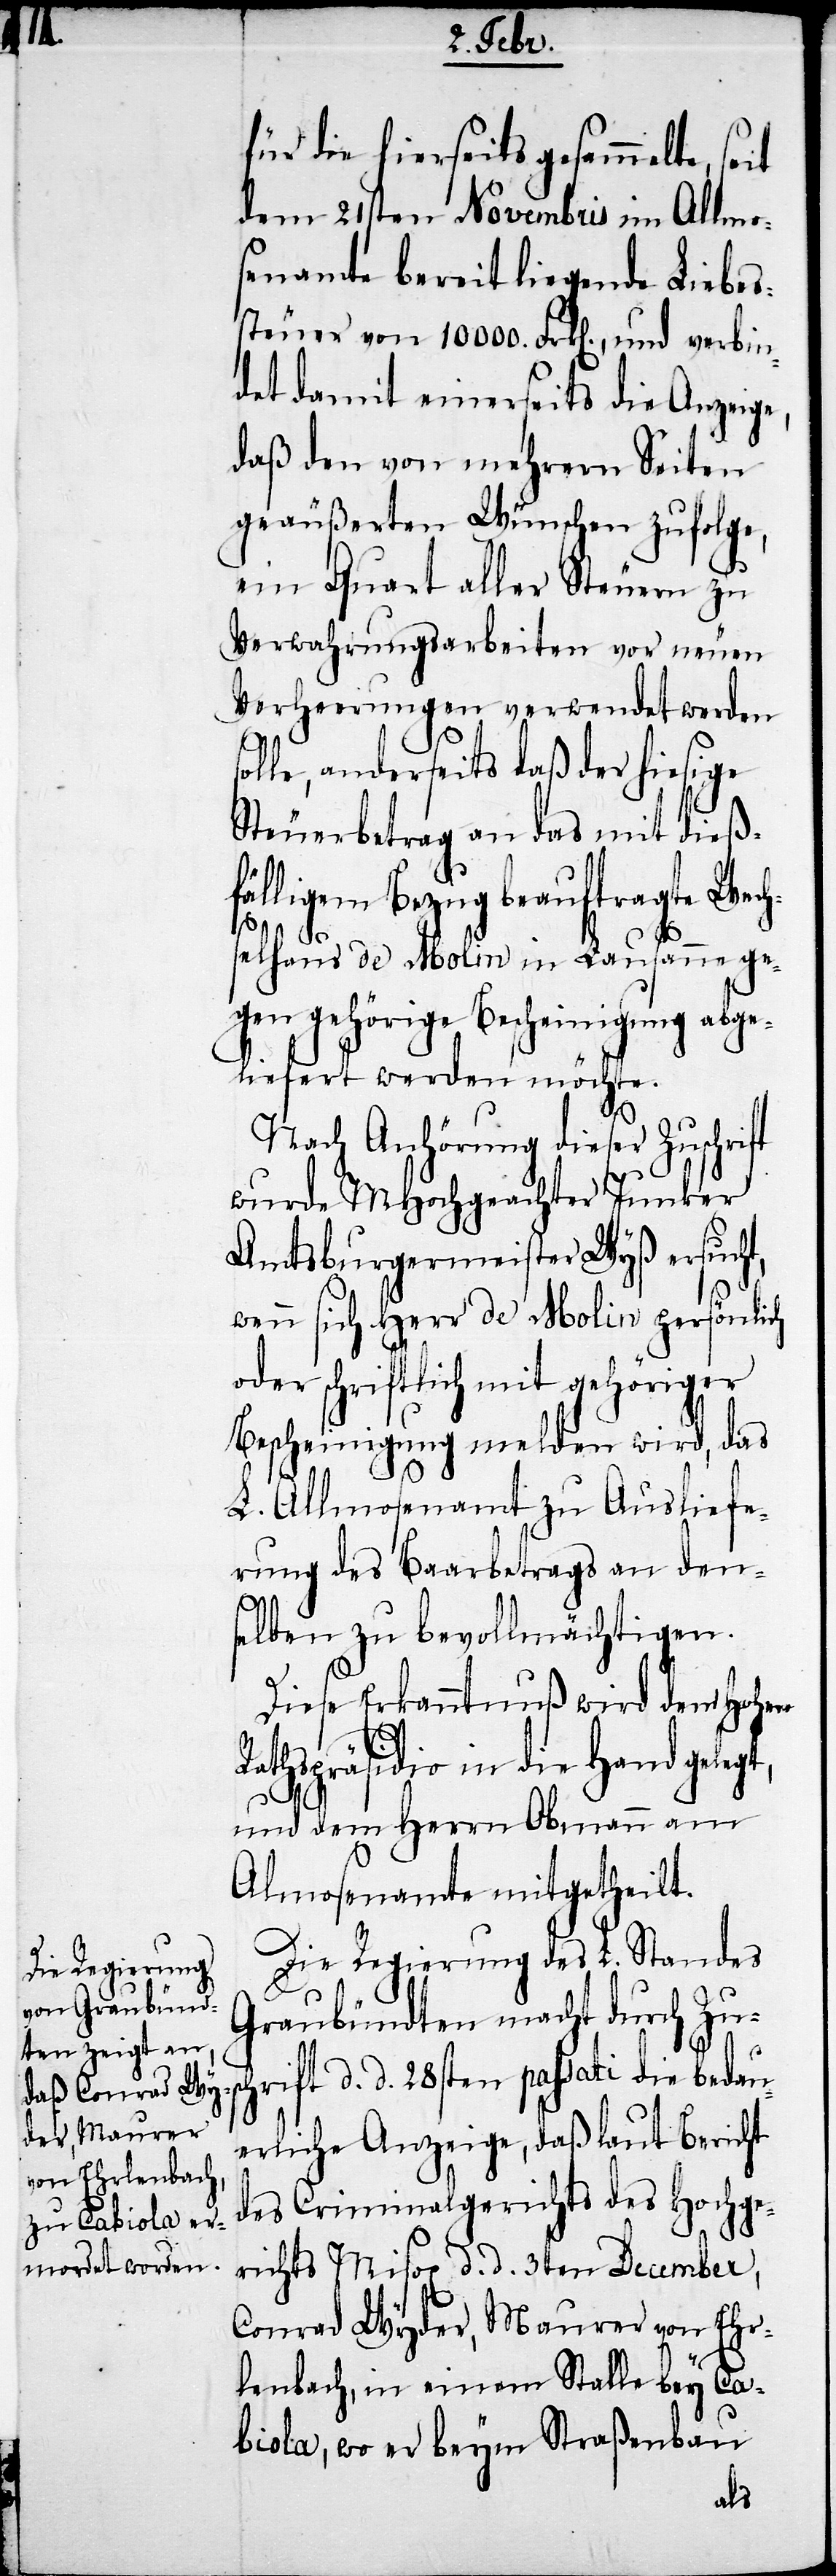
für die hierseits gesammelte, seit
dem 21sten Novembris im Allmos¬
enamte bereit liegende Liebes¬
steuer von 10000. Frk[en]., und verbin¬
det damit einerseits die Anzeige,
daß den von mehrern Seiten
geäußerten Wünschen zufolge,
ein Quart aller Steuern zu
Verwahrungsarbeiten vor neuen
Verheerungen verwendet werden
olle, anderseits daß der hiesige
Steuerbetrag an das mit dieß¬
ligem Bezug beauftragte
selhaus de Molin in Lausanne ge¬
gen gehörige Bescheinigung abge¬
liefert werden möchte.
Nach Anhörung dieser Zuschrift
wurde MHochgeachter Junker
Amtsburgermeister Wyß ersucht,
wenn sich Herr de Molin persönlich
oder schriftlich mit gehöriger
Bescheinigung melden wird, das
L. Allmosenamt zu Ausliefe¬
rung des Baarbetrags an den¬
selben zu bevollmächtigen.
Wech¬
Diese Erkanntnuß wird dem Hohen
Rathspräsidio in die Hand gelegt,
und dem Herrn Obmann am
s¬
Almosenamte mitgetheilt.
Die Regierung des L. Standes
Graubündten macht durch Zusc¬
hrift d. d. 28sten passati die bedau¬
erliche Anzeige, daß laut Bericht
des Criminalgerichts des Hochge¬
richts Misox d. d. 3ten December,
Conrad Wyder, Maurer von Ehr¬
lenbach, in einem Stalle bey Ca¬
biola, wo er beym Straßenbau